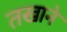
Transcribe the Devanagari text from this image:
तखाने